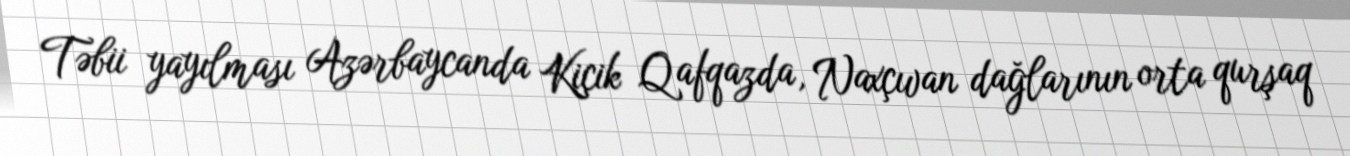
Təbii yayılması Azərbaycanda Kiçik Qafqazda, Naxçıvan dağlarının orta qurşaq